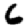
Digit: 6